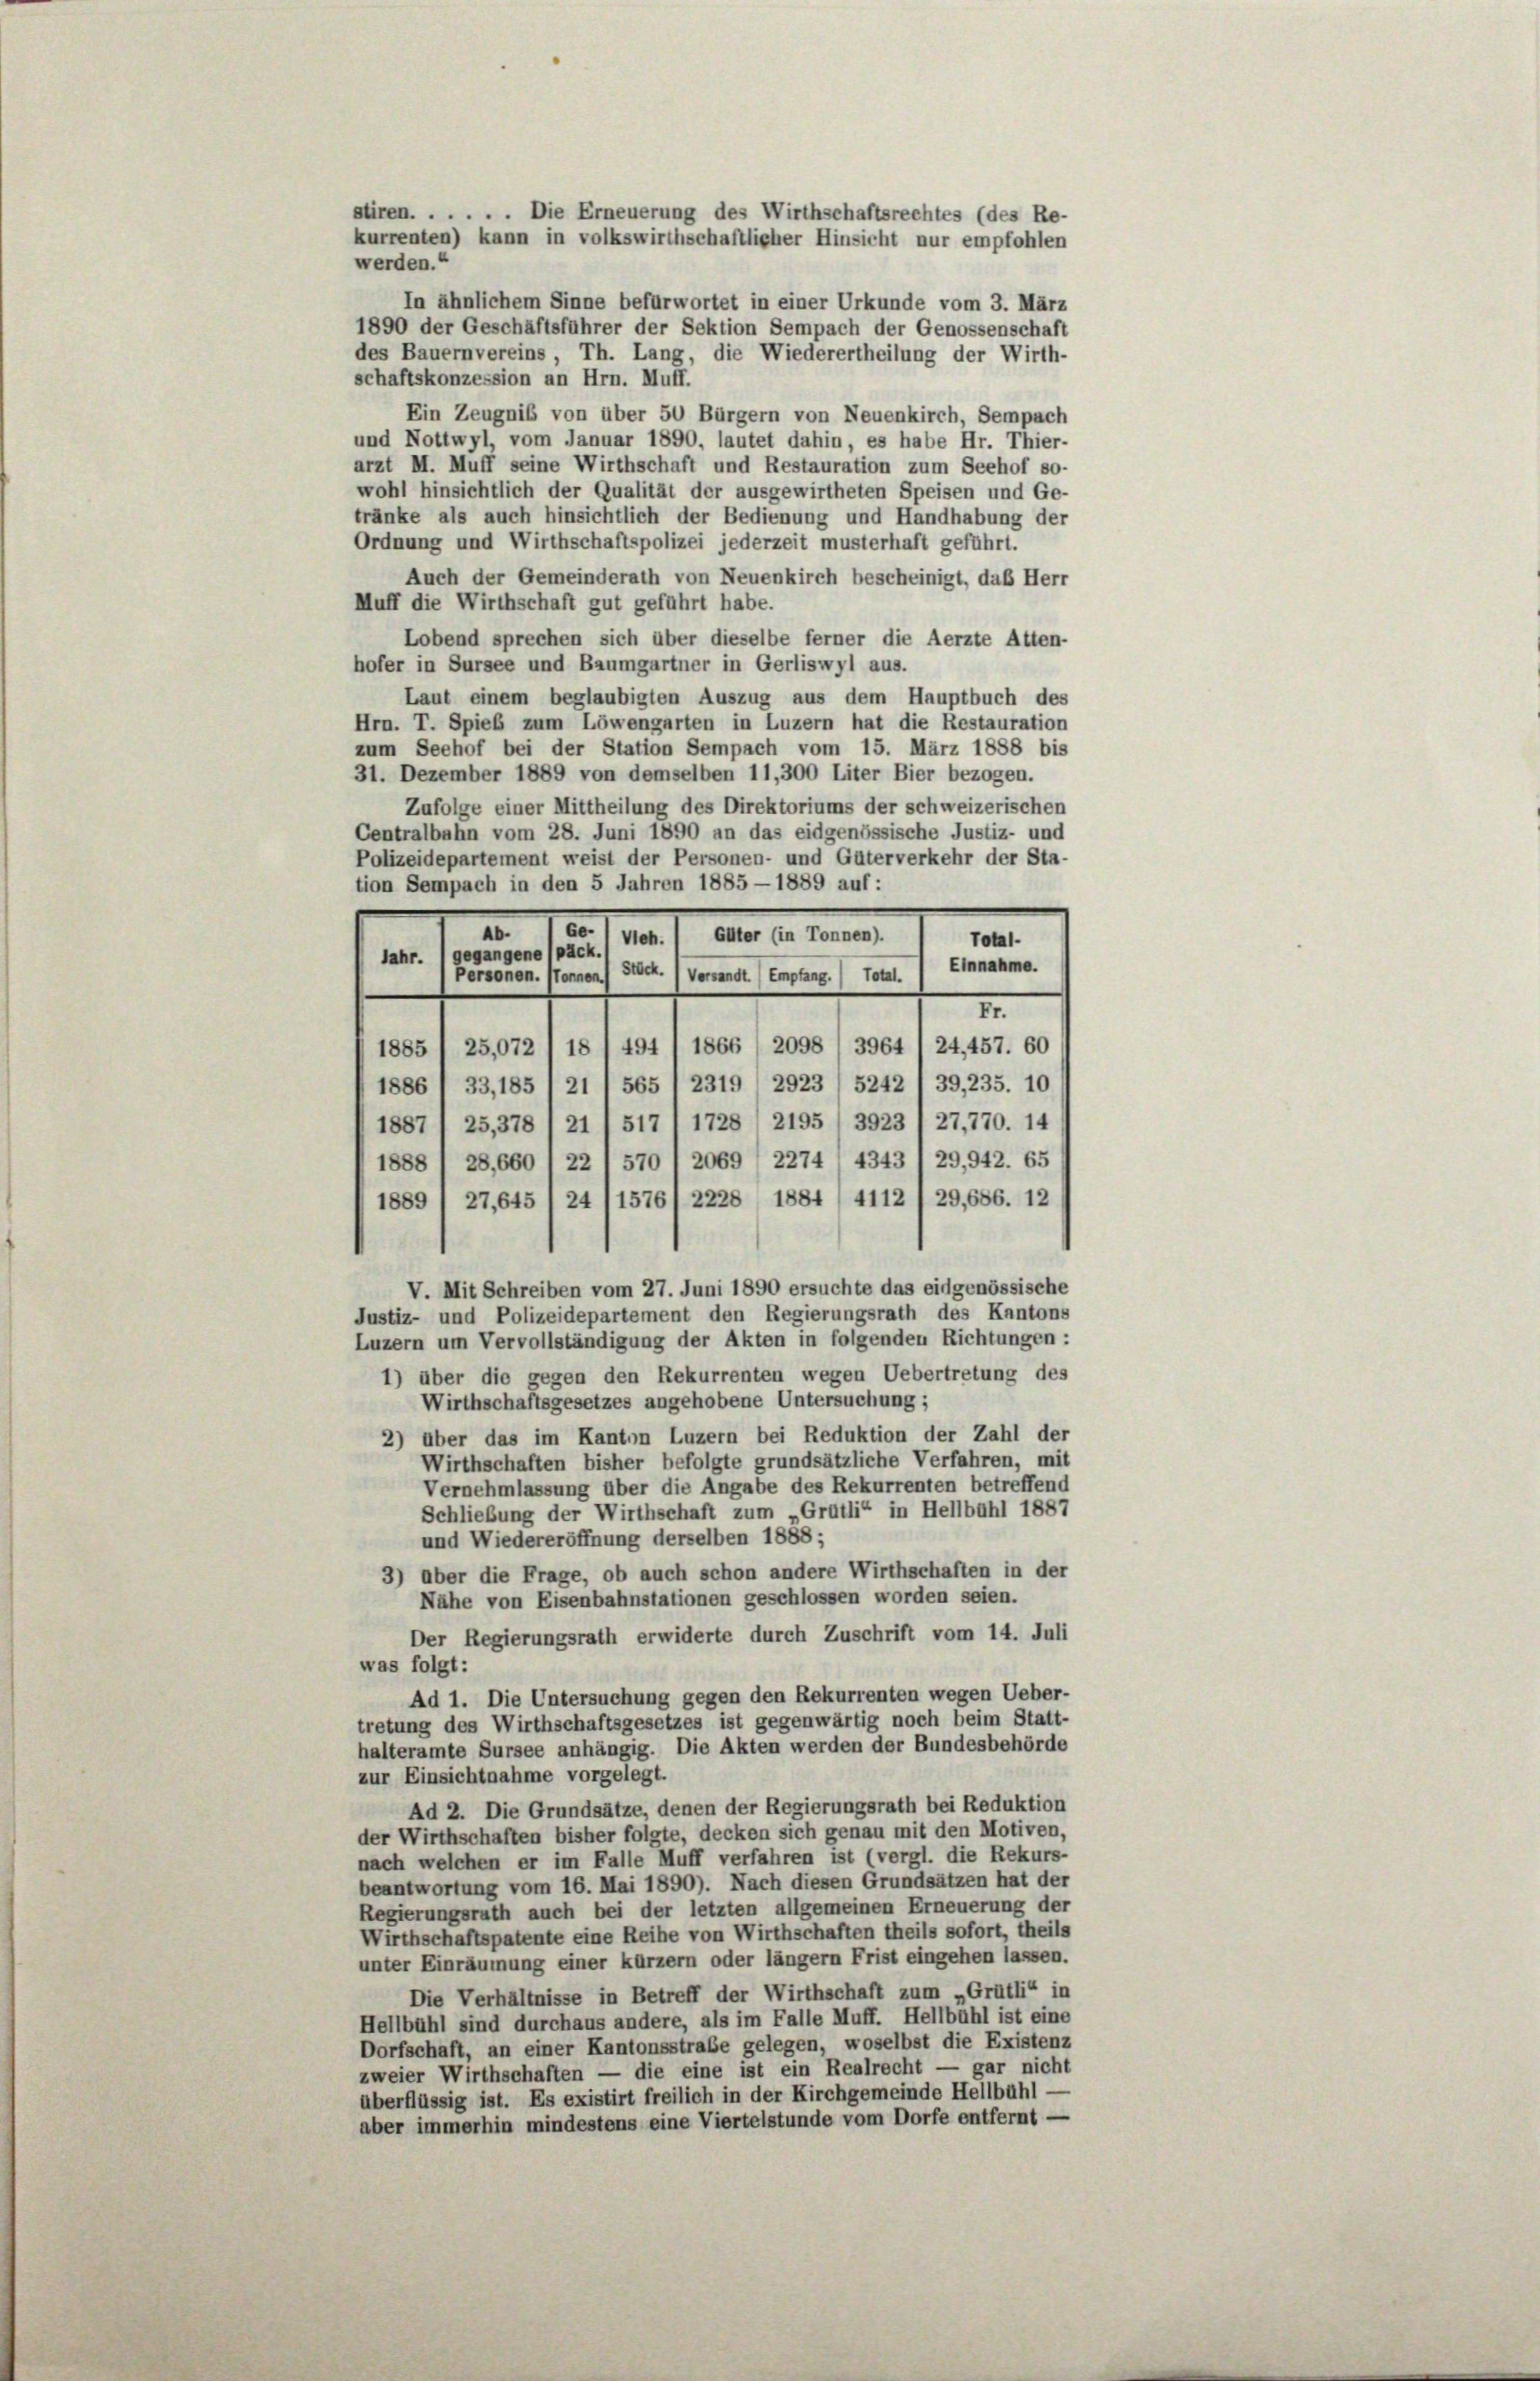
In ähnlichem Sinne befürwortet in einer Urkunde vom 3. März
1890 der Geschäftsführer der Sektion Sempach der Genossenschaft
des Bauernvereins, Th. Lang, die Wiederertheilung der Wirth-
schaftskonzession an Hrn. Muff.
Ein Zeugniß von über 50 Bürgern von Neuenkirch, Sempach
und Nottwyl, vom Januar 1890, lautet dahin, es habe Hr. Thier-
arzt M. Muff seine Wirthschaft und Restauration zum Seehof so-
wohl hinsichtlich der Qualität der ausgewirtheten Speisen und Ge-
tränke als auch hinsichtlich der Bedienung und Handhabung der
Ordnung und Wirthschaftspolizei jederzeit musterhaft geführt.
Auch der Gemeinderath von Neuenkirch bescheinigt, daß Herr
Muff die Wirthschaft gut geführt habe.
Lobend sprechen sich über dieselbe ferner die Aerzte Atten-
hofer in Sursee und Baumgartner in Gerliswyl aus.
Laut einem beglaubigten Auszug aus dem Hauptbuch des
Hrn. T. Spieb zum Löwengarten in Luzern hat die Restauration
zum Seehof bei der Station Sempach vom 15. März 1888 bis
31. Dezember 1889 von demselben 11,300 Liter Bier bezogen.
Zufolge einer Mittheilung des Direktoriums der schweizerischen
Centralbahn vom 28. Juni 1890 an das eidgenössische Justiz- und
Polizeidepartement weist der Personen- und Güterverkehr der Sta-
tion Sempach in den 5 Jahren 1885 - 1889 auf:
Ab.
Elter (in Tonnen).
d. 11.
Total.
Jahr. (gegangene (päck
Einnahme.
Stock. (Versandt empfang.) Total.
Personen. Sonnen
II.
1885 / 25,072 , 18 / 494 / 1866 (2098 / 3964 1 24,457. 60
1886 / 33, 185 / 21 ( 565 I 2319 (2923 / 5242 1 39, 235. 10
1887 / 25,378 (21 / 517 I 1728, 2195/3923 / 27,770. 14
1888 / 28,660 1 22 I 570 " 2069 / 2274 (4343 1 29,942. 65
1889 / 27,645 f 24 (1576/ 2228 (1884/4112 /29,686. 12
V. Mit Schreiben vom 27. Juni 1890 ersuchte das eidgenössische
Justiz- und Polizeidepartement den Regierungsrath des Kantons
Luzern um Vervollständigung der Akten in folgenden Richtungen :
1) über die gegen den Rekurrenten wegen Uebertretung des
Wirthschaftsgesetzes angehobene Untersuchung;
2) über das im Kanton Luzern bei Reduktion der Zahl der
Wirthschaften bisher befolgte grundsätzliche Verfahren, mit
Vernehmlassung über die Angabe des Rekurrenten betreffend
Schließung der Wirthschaft zum „Grütli“ in Hellbühl 1887
und Wiedereröffnung derselben 1888;
3) aber die Frage, ob auch schon andere Wirthschaften in der
Nähe von Eisenbahnstationen geschlossen worden seien.
Der Regierungsrath erwiderte durch Zuschrift vom 14. Juli
was folgt:
Ad 1. Die Untersuchung gegen den Rekurrenten wegen Ueber-
tretung des Wirthschaftsgesetzes ist gegenwärtig noch beim Statt-
halteramte Sursee anhängig. Die Akten werden der Bundesbehörde
zur Einsichtnahme vorgelegt.
Ad 2. Die Grundsätze, denen der Regierungsrath bei Reduktion
der Wirthschaften bisher folgte, decken sich genau mit den Motiven,
nach welchen er im Falle Muff verfahren ist (vergl. die Rekurs-
beantwortung vom 16. Mai 1890). Nach diesen Grundsätzen hat der
Regierungsrath auch bei der letzten allgemeinen Erneuerung der
Wirthschaftspatente eine Reihe von Wirthschaften theils sofort, theils
unter Einräumung einer kürzern oder länger Frist eingehen lassen.
Die Verhältnisse in Betreff der Wirthschaft zum „Grütli“ in
Hellbühl sind durchaus andere, als im Falle Muff. Hellbühl ist eine
Dorfschaft, an einer Kantonsstraße gelegen, woselbst die Existenz
zweier Wirthschaften — die eine ist ein Realrecht — gar nicht
überflüssig ist. Es existirt freilich in der Kirchgemeinde Hellbuhl —
aber immerhin mindestens eine Viertelstunde vom Dorfe entfernt —

werden.“

stiren. . . . . . Die Erneuerung des Wirthschaftsrechtes (des Re-
kurrenten) kann in volkswirthschaftlicher Hinsicht nur empfohlen